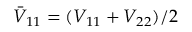
\bar { V } _ { 1 1 } = ( V _ { 1 1 } + V _ { 2 2 } ) / 2